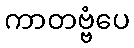
ကာတဗ္ဗံပေ